Civil Veterinary Dept. Bombay admin report 1923-31 - 1923-1931
Year: 1923
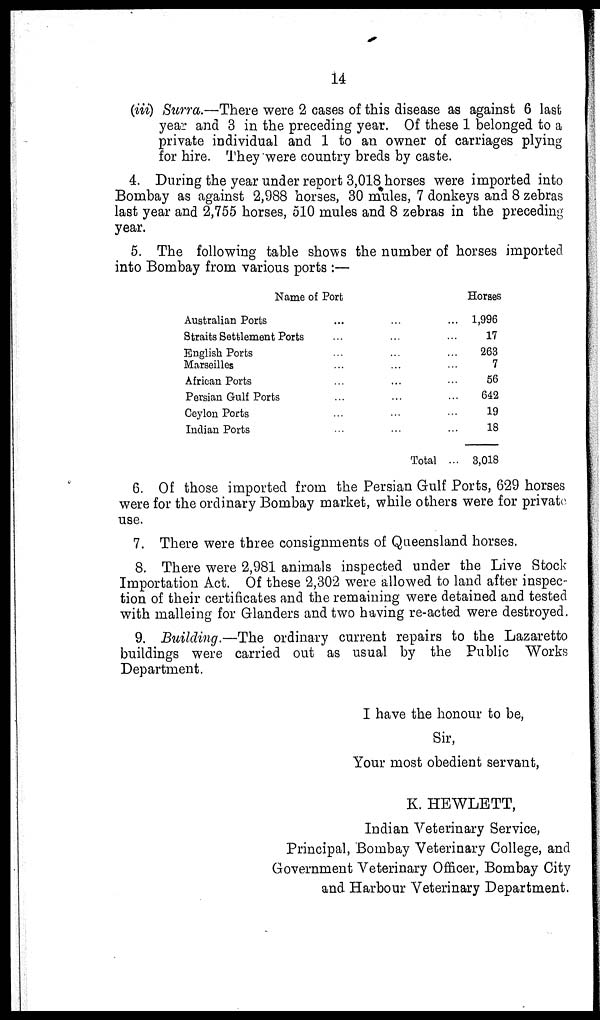
14
(iii) Surra.—There were 2 cases of this disease as against 6 last
year and 3 in the preceding year. Of these 1 belonged to a
private individual and 1 to an owner of carriages plying
for hire. They were country breds by caste.
4. During the year under report 3,018 horses were imported into
Bombay as against 2,988 horses, 30 mules, 7 donkeys and 8 zebras
last year and 2,755 horses, 510 mules and 8 zebras in the preceding
year.
5. The following table shows the number of horses imported
into Bombay from various ports :—
Name of Port
Australian Ports
... ... ...
Straits Settlement Ports ... ... ...
English Ports ... ... ...
Marseilles ... ... ...
African Ports
...
... ...
Persian Gulf Ports ... ......
Ceylon Ports ... ... ...
Indian Ports ... ... ...
Total ...
Horses
1,996
17
263
7
56
642
19
18
3,018
6. Of those imported from the Persian Gulf Ports, 629 horses
were for the ordinary Bombay market, while others were for private
use.
7. There were three consignments of Queensland horses.
8. There were 2,981 animals inspected under the Live Stock
Importation Act. Of these 2,302 were allowed to land after inspec-
tion of their certificates and the remaining were detained and tested
with malleing for Glanders and two having re-acted were destroyed.
9. Building.—The ordinary current repairs to the Lazaretto
buildings were carried out as usual by the Public Works
Department.
I have the honour to be,
Sir,
Your most obedient servant,
K. HEWLETT,
Indian Veterinary Service,
Principal, Bombay Veterinary College, and
Government Veterinary Officer, Bombay City
and Harbour Veterinary Department.